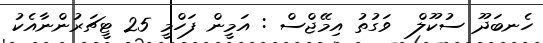
ހެނބަދޫ ސުކޫލް  ވަގުތު އިމޭޖްސް : އަމީން ފަހްމީ 25 ޓީޗަރުންނާއެކު